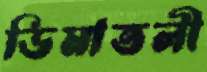
ডিমাতলী